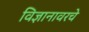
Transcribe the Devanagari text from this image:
विज्ञानावरचे